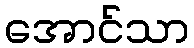
အောင်သာ